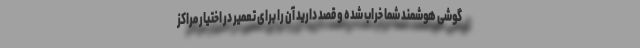
گوشی هوشمند شما خراب شده و قصد دارید آن را برای تعمیر در اختیار مراکز